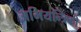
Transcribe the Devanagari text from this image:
अभियन्त्रिकी